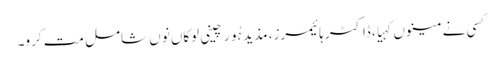
کسی نے مینوں کہیا، ڈاکٹر ہائیمرز، مذید ہُور چینی لوکاں نوں شامل مت کرو۔